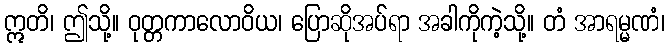
ဣတိ၊ ဤသို့။ ဝုတ္တကာလောဝိယ၊ ပြောဆိုအပ်ရာ အခါကိုကဲ့သို့။ တံ အာရမ္မဏံ၊